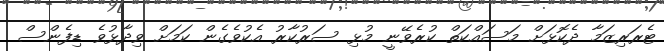
ޓެރަރިޒަމާ ދެކޮޅަށް މަސައްކަތް ކުރެވޭނީ މުޅި ސަރުކާރު އެކުވެގެން ކަމަށް ވިދާޅުވެ ޑިފެންސް